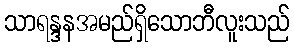
သာရန္ဒနအမည်ရှိသောဘီလူးသည်